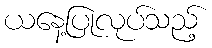
ယနေ့ပြုလုပ်သည့်